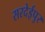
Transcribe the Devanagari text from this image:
सरदेईपुर